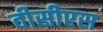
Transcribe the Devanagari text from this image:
वीसीएस